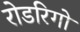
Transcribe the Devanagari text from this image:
रोडरिगो